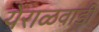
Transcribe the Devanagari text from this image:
येराळवाडी